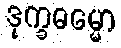
ဒုက္ခဓမ္မော